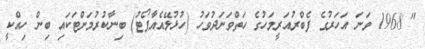
" 1968 ވަނަ އަހަރުގެ ފެބްރުއަރީމަހުގެ ހަތްވަނަދުވަހު (ހުޅުލޭއެއާޕޯޓު) ބިނާކުރުމަށްޓަކައި ބިން ހިއްކީ